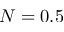
N = 0 . 5